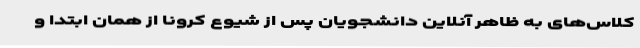
کلاس‌های به ظاهر آنلاین دانشجویان پس از شیوع کرونا از همان ابتدا و